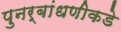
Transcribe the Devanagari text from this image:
पुनर्बांधणीकडे